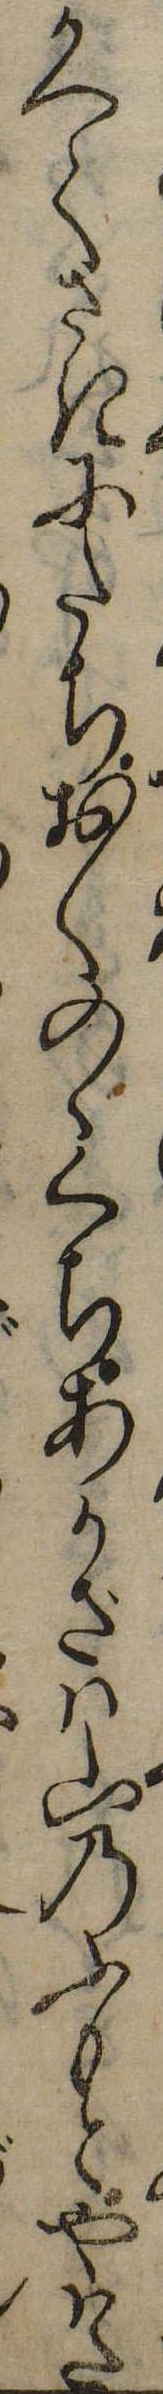
かへてさきにたちおくのゝくちあかざは山のふもとやはた